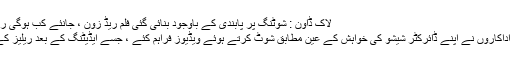
لاک ڈاون : شوٹنگ پر پابندی کے باوجود بنائی گئی فلم ریڈ زون ، جانئے کب ہوگی ریلیز– News18 Urdu
تمام مشکلات کے باوجود اداکاروں نے اپنے ڈائرکٹر شیشو کی خواہش کے عین مطابق شوٹ کرتے ہوئے ویڈیوز فراہم کئے ، جسے ایڈیٹنگ کے بعد ریلیز کے لیے تیار کرلیا گیا ہے ۔